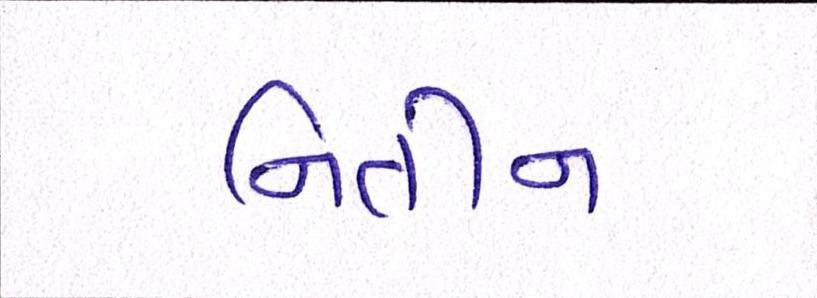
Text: નિતીન